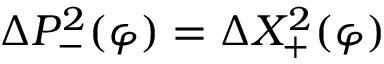
\Delta P _ { - } ^ { 2 } ( \varphi ) = \Delta X _ { + } ^ { 2 } ( \varphi )